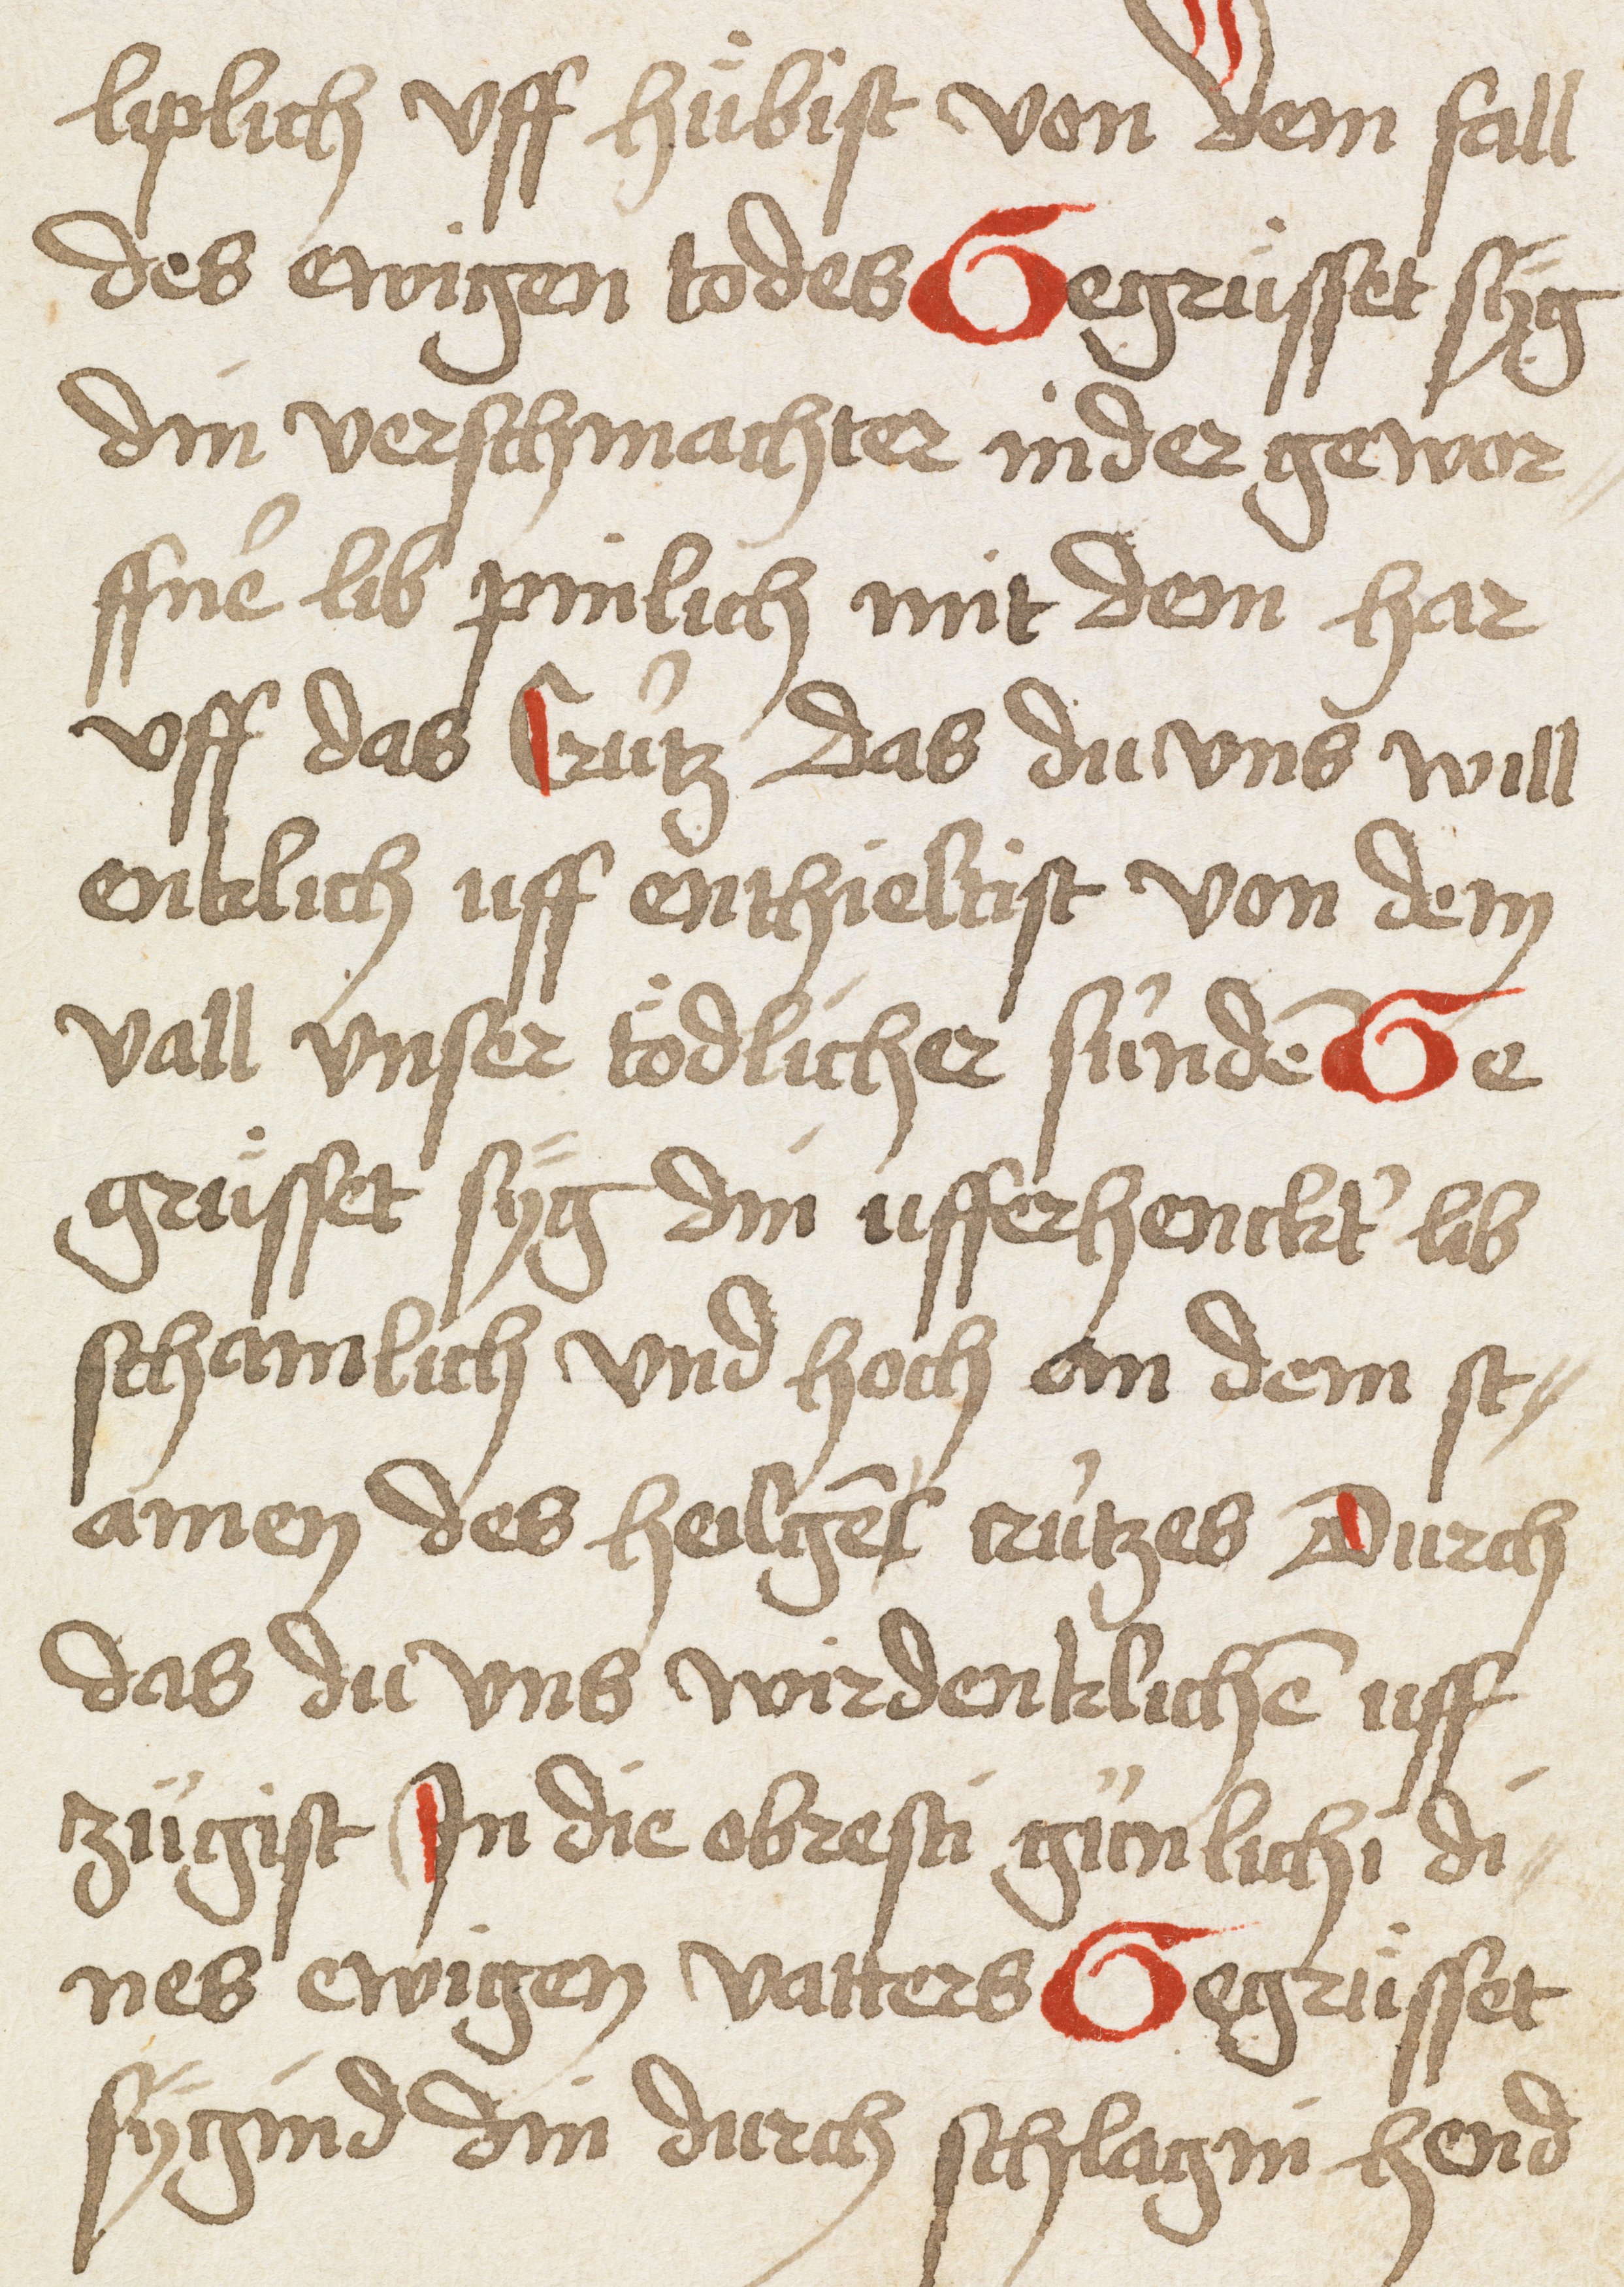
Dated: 1493–1493